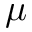
\mu